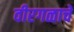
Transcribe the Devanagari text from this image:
वीरगळाचे